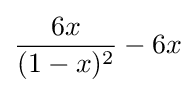
{\frac {6x}{(1-x)^{2}}}-6x